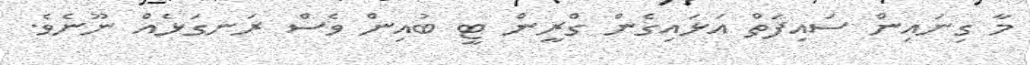
މާ ގިނައިން ސައިފަތް އަޅައިގެން ގްރީން ޓީ ބުއިން ވެސް ރަނގަޅެއް ނޫނެވެ.